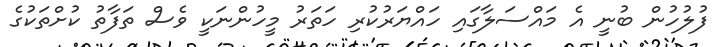
ފުލުހުން ބުނީ އެ މައްސަލާގައި ހައްޔަރުކުރި ހަތަރު މީހުންނަކީ ވެސް ތަފާތު ކުށްތަކުގެ